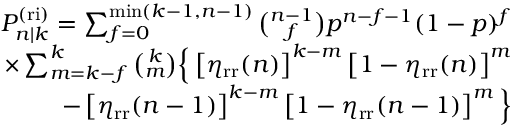
\begin{array} { r } { P _ { n | k } ^ { \mathrm { ( r i ) } } = \sum _ { f = 0 } ^ { \operatorname* { m i n } ( k - 1 , n - 1 ) } \binom { n - 1 } { f } p ^ { n - f - 1 } ( 1 - p ) ^ { f } } \\ { \times \sum _ { m = k - f } ^ { k } \binom { k } { m } \Big \{ \left[ \eta _ { \mathrm { r r } } ( n ) \right] ^ { k - m } \left[ 1 - \eta _ { \mathrm { r r } } ( n ) \right] ^ { m } } \\ { - \left[ \eta _ { \mathrm { r r } } ( n - 1 ) \right] ^ { k - m } \left[ 1 - \eta _ { \mathrm { r r } } ( n - 1 ) \right] ^ { m } \Big \} } \end{array}